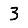
Digit: 3